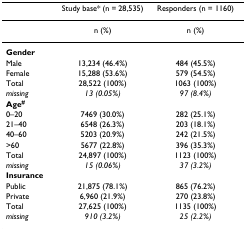
|  | Study base* (n = 28,535) | Responders (n = 1160) |
 | --- | --- | --- |
 |  | n (%) | n (%) |
 | Gender |  |  |
 | Male | 13,234 (46.4%) | 484 (45.5%) |
 | Female | 15,288 (53.6%) | 579 (54.5%) |
 | Total | 28,522 (100%) | 1063 (100%) |
 | missing | 13 (0.05%) | 97 (8.4%) |
 | Age# |  |  |
 | 0–20 | 7469 (30.0%) | 282 (25.1%) |
 | 21–40 | 6548 (26.3%) | 203 (18.1%) |
 | 40–60 | 5203 (20.9%) | 242 (21.5%) |
 | >60 | 5677 (22.8%) | 396 (35.3%) |
 | Total | 24,897 (100%) | 1123 (100%) |
 | missing | 15 (0.06%) | 37 (3.2%) |
 | Insurance |  |  |
 | Public | 21,875 (78.1%) | 865 (76.2%) |
 | Private | 6,960 (21.9%) | 270 (23.8%) |
 | Total | 27,625 (100%) | 1135 (100%) |
 | missing | 910 (3.2%) | 25 (2.2%) |